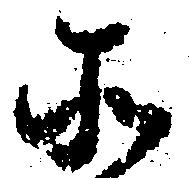
そ